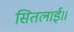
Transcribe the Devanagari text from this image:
सितलाई॥